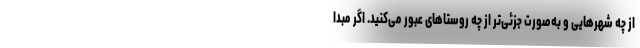
از چه شهرهایی و به‌صورت جزئی‌تر از چه روستاهای عبور می‌کنید. اگر مبدا